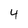
Character: 4